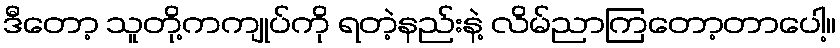
ဒီတော့ သူတို့ကကျုပ်ကို ရတဲ့နည်းနဲ့ လိမ်ညာကြတော့တာပေါ့။